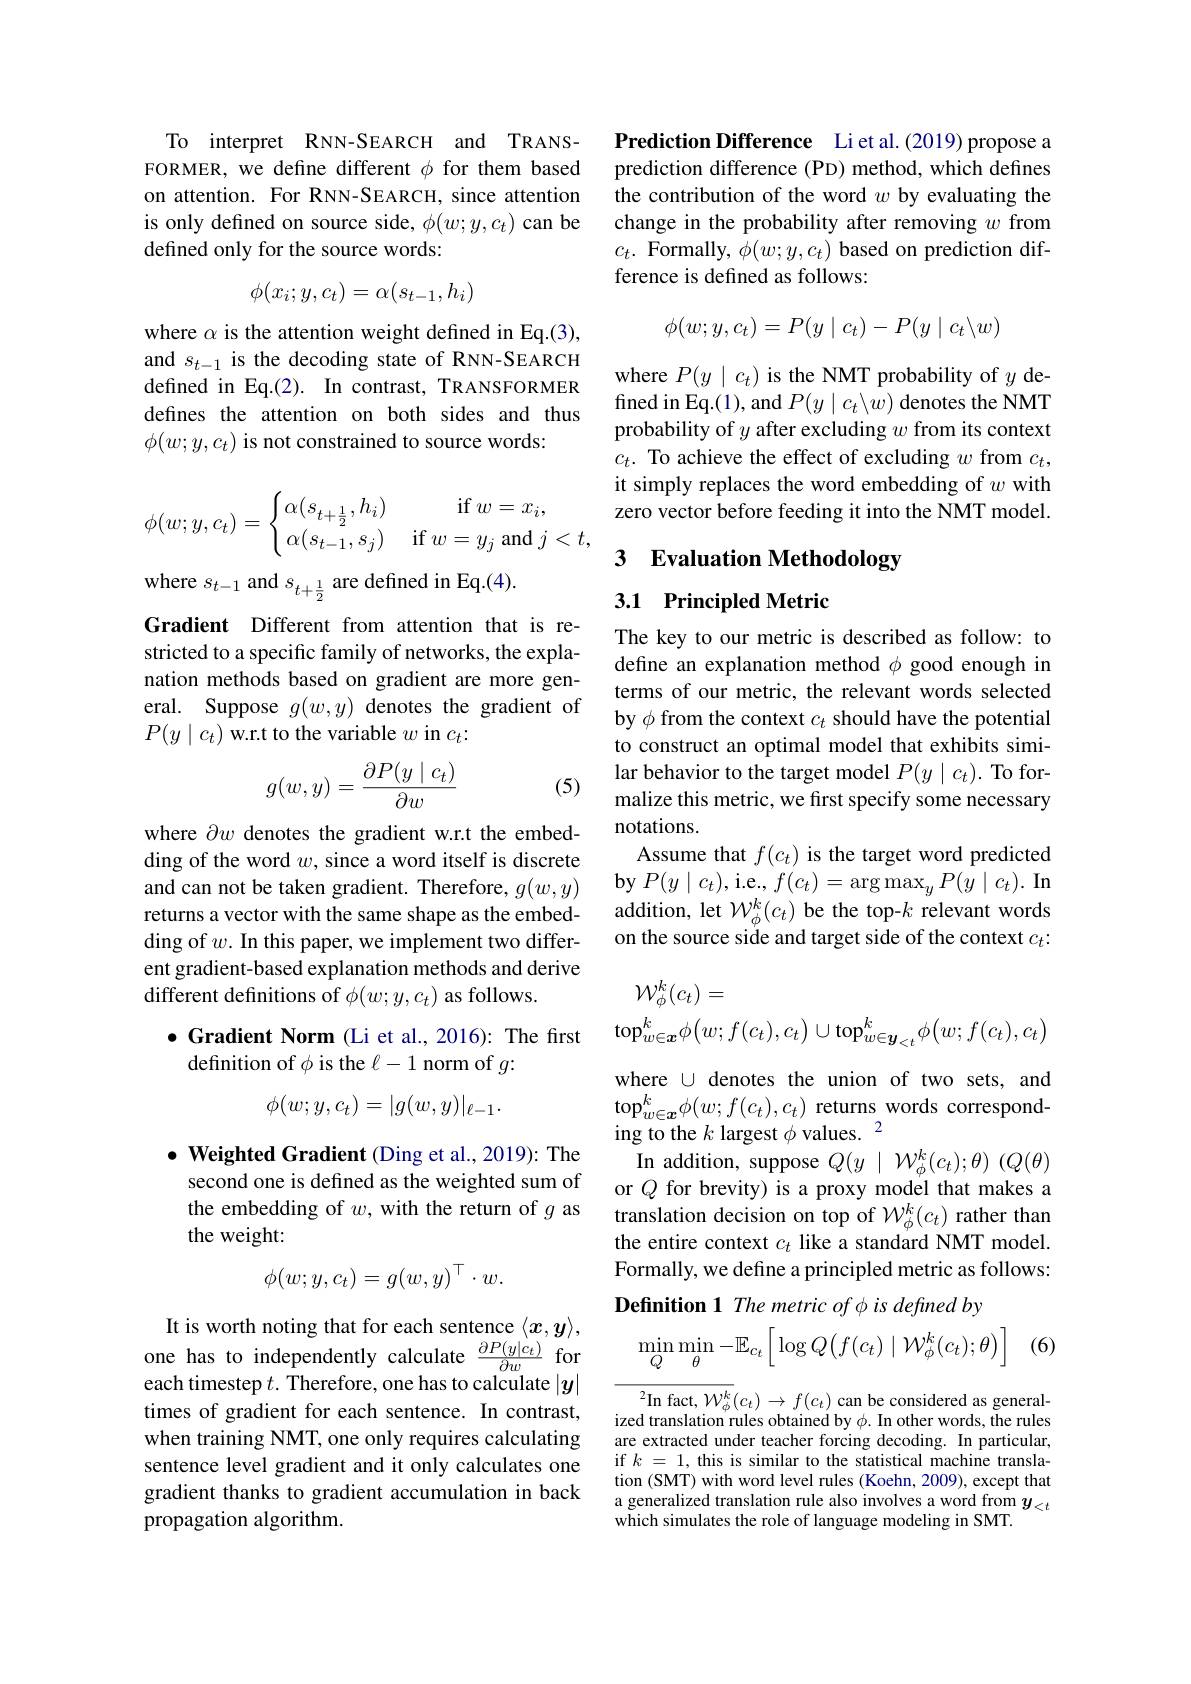
To interpret RNN-SEARCH and TRANSFORMER, we define different $\phi$ for them based on attention. For RNN-SEARCH, since attention is only defined on source side, $\phi(w;y,c_t)$ can be defined only for the source words:
$$\phi(x_i;y,c_t)=\alpha(s_{t-1},h_i)$$
where $\alpha$ is the attention weight defined in Eq.(3), and $s_{t-1}$ is the decoding state of RNN-SEARCH defined in Eq.(2). In contrast, TRANSFORMER defines the attention on both sides and thus $\phi(w;y,c_t)$ is not constrained to source words:
$$\phi(w;y,c_t)=\begin{cases}\alpha(s_{t+\frac{1}{2}},h_i)&\text{if}w=x_i,\\\alpha(s_{t-1},s_j)&\text{if}w=y_j\text{and}j<t,\end{cases}$$
where $s_{t-1}$ and $s_{t+\frac12}$ are defined in Eq.(4).
Gradient Different from attention that is restricted to a specific family of networks, the explanation methods based on gradient are more general. Suppose $g(w,y)$ denotes the gradient of $P(y\mid c_t)$ w.r.t to the variable $w$ in $c_t:$
$$g(w,y)=\frac{\partial P(y\mid c_t)}{\partial w}$$
(5)

where $\partial w$ denotes the gradient w.r.t the embedding of the word $w$, since a word itself is discrete and can not be taken gradient. Therefore, $g(w,y)$ returns a vector with the same shape as the embedding of $w.$ In this paper, we implement two different gradient-based explanation methods and derive different definitions of $\phi(w;y,c_{t})$ as follows.

## $\bullet$ Gradient Norm (Li et al., 2016): The first definition of $\phi$ is the $\ell-1$ norm of $g:$
$$\phi(w;y,c_t)=|g(w,y)|_{\ell-1}.$$
$\bullet$ Weighted Gradient (Ding et al., 2019): The second one is defined as the weighted sum of the embedding of $w$, with the return of $g$ as the weight:
$$\phi(w;y,c_t)=g(w,y)^\top\cdot w.$$
It is worth noting that for each sentence $\langle x,y\rangle$, one has to independently calculate $\frac{\partial P(y|c_t)}{\partial w}$ for each timestep $t.$ Therefore, one has to calculate $|y|$ times of gradient for each sentence. In contrast, when training NMT, one only requires calculating sentence level gradient and it only calculates one gradient thanks to gradient accumulation in back propagation algorithm.

Prediction Difference Liet al.(2019) propose a prediction difference (PD) method, which defines the contribution of the word $w$ by evaluating the change in the probability after removing $w$ from $c_{t}.$ Formally, $\phi(w;y,c_{t})$ based on prediction difference is defined as follows:
$$\phi(w;y,c_t)=P(y\mid c_t)-P(y\mid c_t\backslash w)$$
where $P(y\mid c_{t})$ is the NMT probability of $y$ defined in Eq.(1), and $P(y\mid c_t\backslash w)$ denotes the NMT probability of $y$ after excluding $w$ from its context $c_{t}.$ To achieve the effect of excluding $w$ from $c_t$, it simply replaces the word embedding of $w$ with zero vector before feeding it into the NMT model.

# 3 Evaluation Methodology

## 3.1 Principled Metric

The key to our metric is described as follow: to define an explanation method $\phi$ good enough in terms of our metric, the relevant words selected by $\phi$ from the context $c_t$ should have the potential to construct an optimal model that exhibits similar behavior to the target model $P(y\mid c_t).$ To formalize this metric, we first specify some necessary notations.
Assume that $f(c_t)$ is the target word predicted $\mathbf{by}$ $P( y\mid c_{t}) $,i.e.,$f(c_{t})=\arg\max_{y}P(y\mid c_{t}).$In addition, let $\mathcal{W}_\phi^k(c_t)$ be the top-$k$ relevant words on the source side and target side of the context $c_t{:}$
$$\begin{aligned}&\mathcal{W}_{\phi}^{k}(c_{t})=\\&\operatorname{top}_{w\in\boldsymbol{x}}^{k}\phi\big(w;f(c_{t}),c_{t}\big)\cup\operatorname{top}_{w\in\boldsymbol{y}_{<t}}^{k}\phi\big(w;f(c_{t}),c_{t}\big)\end{aligned}$$
In addition, suppose $Q(y\mid\mathcal{W}_\phi^k(c_t);\theta)$ $(Q(\theta)$ or $Q$ for brevity) is a proxy model that makes a

where U denotes the union of two sets, and $\mathrm{top}_{w\in\boldsymbol{x}}^{k}\phi(w;f(c_{t}),c_{t})$ returns words corresponding to the $k$ largest $\phi$ values.$^2$
translation decision on top of $\mathcal{W}_\phi^k(c_t)$ rather than the entire context $c_t$ like a standard NMT model. Formally, we define a principled metric as follows: Definition 1 The metric of $\phi$ is defined by
$$\min\limits_Q\min\limits_\theta-\mathbb{E}_{c_t}\Big[\log Q\big(f(c_t)\mid\mathcal{W}_\phi^k(c_t);\theta\big)\Big]$$
(6)

$\begin{array}{c}{{^{2}\mathrm{In~fact,~}W_{\phi}^{k}(c_{t})\to f(c_{t})~can~be~considered~as~general-}}\\{{\mathrm{ized~translation~rules~obtained~by~}\phi.~In~other~words,~the~rules}}\end{array}$ are extracted under teacher forcing decoding. In particular, if $k=1$, this is similar to the statistical machine translation (SMT) with word level rules (Koehn, 2009), except that a generalized translation rule also involves a word from $y_{<t}$ which simulates the role of language modeling in SMT.